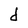
Character: d